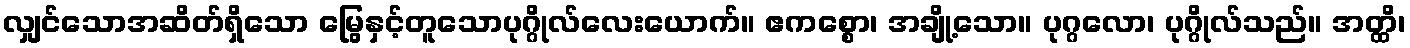
လျှင်သောအဆိတ်ရှိသော မြွေနှင့်တူသောပုဂ္ဂိုလ်လေးယောက်။ ဧကစ္စော၊ အချို့သော။ ပုဂ္ဂလော၊ ပုဂ္ဂိုလ်သည်။ အတ္ထိ၊